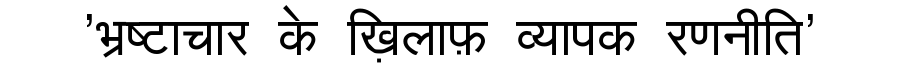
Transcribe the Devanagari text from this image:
'भ्रष्टाचार के ख़िलाफ़ व्यापक रणनीति'